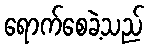
ရောက်စေခဲ့သည်